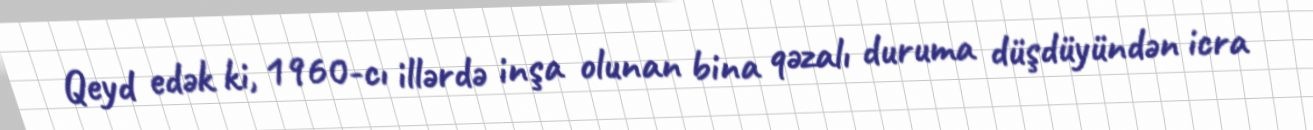
Qeyd edək ki, 1960-cı illərdə inşa olunan bina qəzalı duruma düşdüyündən icra